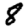
Digit: 8